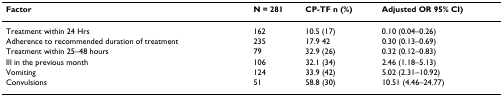
| Factor | N = 281 | CP-TF n (%) | Adjusted OR 95% CI) |
 | --- | --- | --- | --- |
 | Treatment within 24 Hrs | 162 | 10.5 (17) | 0.10 (0.04–0.26) |
 | Adherence to recommended duration of treatment | 235 | 17.9 42 | 0.30 (0.13–0.69) |
 | Treatment within 25–48 hours | 79 | 32.9 (26) | 0.32 (0.12–0.83) |
 | Ill in the previous month | 106 | 32.1 (34) | 2.46 (1.18–5.13) |
 | Vomiting | 124 | 33.9 (42) | 5.02 (2.31–10.92) |
 | Convulsions | 51 | 58.8 (30) | 10.51 (4.46–24.77) |